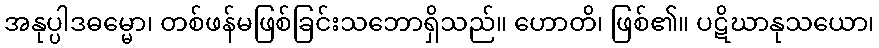
အနုပ္ပါဒဓမ္မော၊ တစ်ဖန်မဖြစ်ခြင်းသဘောရှိသည်။ ဟောတိ၊ ဖြစ်၏။ ပဋိဃာနုသယော၊